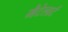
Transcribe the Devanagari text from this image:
मैटेलार्ट